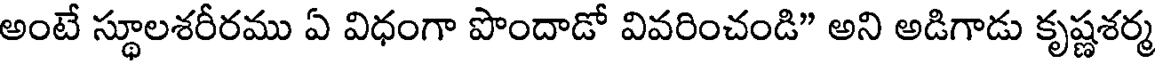
అంటే స్థూలశరీరము ఏ విధంగా పొందాడో వివరించండి" అని అడిగాడు కృష్ణశర్మ